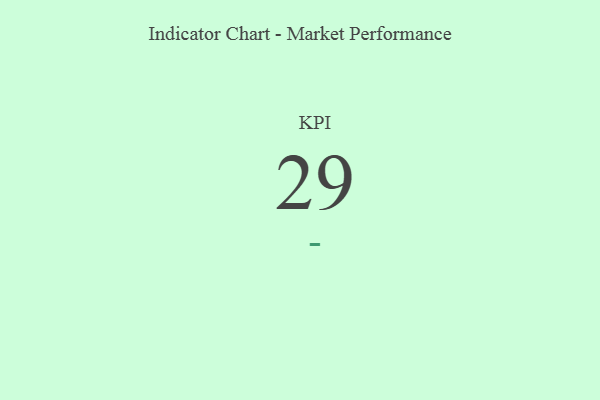
{"axis": {"x": "KPI", "y": "Value"}, "legend": [""], "data": [{"x": "KPI", "y": 29, "type": ""}]}